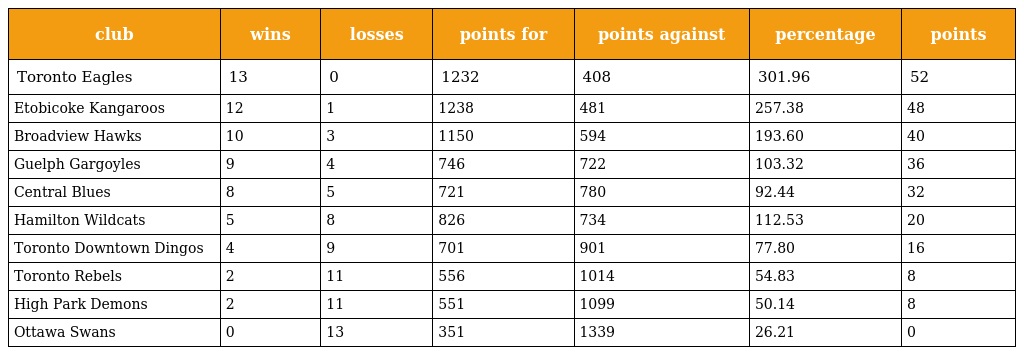
| club | wins | losses | points for | points against | percentage | points |
 | --- | --- | --- | --- | --- | --- | --- |
 | Toronto Eagles | 13 | 0 | 1232 | 408 | 301.96 | 52 |
 | Etobicoke Kangaroos | 12 | 1 | 1238 | 481 | 257.38 | 48 |
 | Broadview Hawks | 10 | 3 | 1150 | 594 | 193.60 | 40 |
 | Guelph Gargoyles | 9 | 4 | 746 | 722 | 103.32 | 36 |
 | Central Blues | 8 | 5 | 721 | 780 | 92.44 | 32 |
 | Hamilton Wildcats | 5 | 8 | 826 | 734 | 112.53 | 20 |
 | Toronto Downtown Dingos | 4 | 9 | 701 | 901 | 77.80 | 16 |
 | Toronto Rebels | 2 | 11 | 556 | 1014 | 54.83 | 8 |
 | High Park Demons | 2 | 11 | 551 | 1099 | 50.14 | 8 |
 | Ottawa Swans | 0 | 13 | 351 | 1339 | 26.21 | 0 |